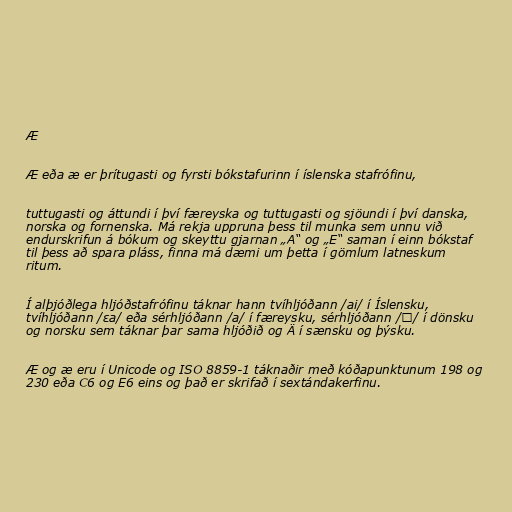
Æ

Æ eða æ er þrítugasti og fyrsti bókstafurinn í íslenska stafrófinu,

tuttugasti og áttundi í því færeyska og tuttugasti og sjöundi í því danska,
norska og fornenska. Má rekja uppruna þess til munka sem unnu við
endurskrifun á bókum og skeyttu gjarnan „A“ og „E“ saman í einn bókstaf
til þess að spara pláss, finna má dæmi um þetta í gömlum latneskum
ritum.

Í alþjóðlega hljóðstafrófinu táknar hann tvíhljóðann /ai/ í Íslensku,
tvíhljóðann /εa/ eða sérhljóðann /a/ í færeysku, sérhljóðann /ɛ/ í dönsku
og norsku sem táknar þar sama hljóðið og Ä í sænsku og þýsku.

Æ og æ eru í Unicode og ISO 8859-1 táknaðir með kóðapunktunum 198 og
230 eða C6 og E6 eins og það er skrifað í sextándakerfinu.